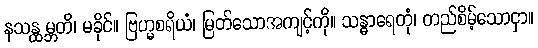
နသန္ထမ္ဘတိ၊ မခိုင်။ ဗြဟ္မစရိယံ၊ မြတ်သောအကျင့်ကို။ သန္ဓာရေတုံ၊ တည်စိမ့်သောငှာ။